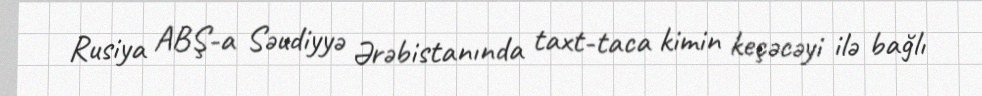
Rusiya ABŞ-a Səudiyyə Ərəbistanında taxt-taca kimin keçəcəyi ilə bağlı